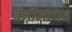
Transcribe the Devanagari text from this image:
बेनीमाधव